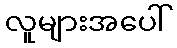
လူများအပေါ်